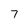
Character: 7